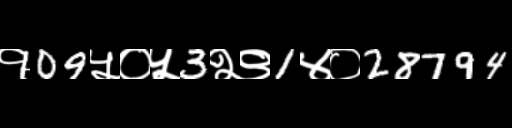
Text: १09५०५3२९1४०28794